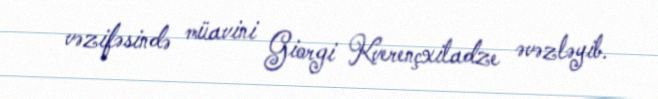
vəzifəsində müavini Giorgi Kverençxiladze əvəzləyib.